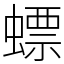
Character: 螵